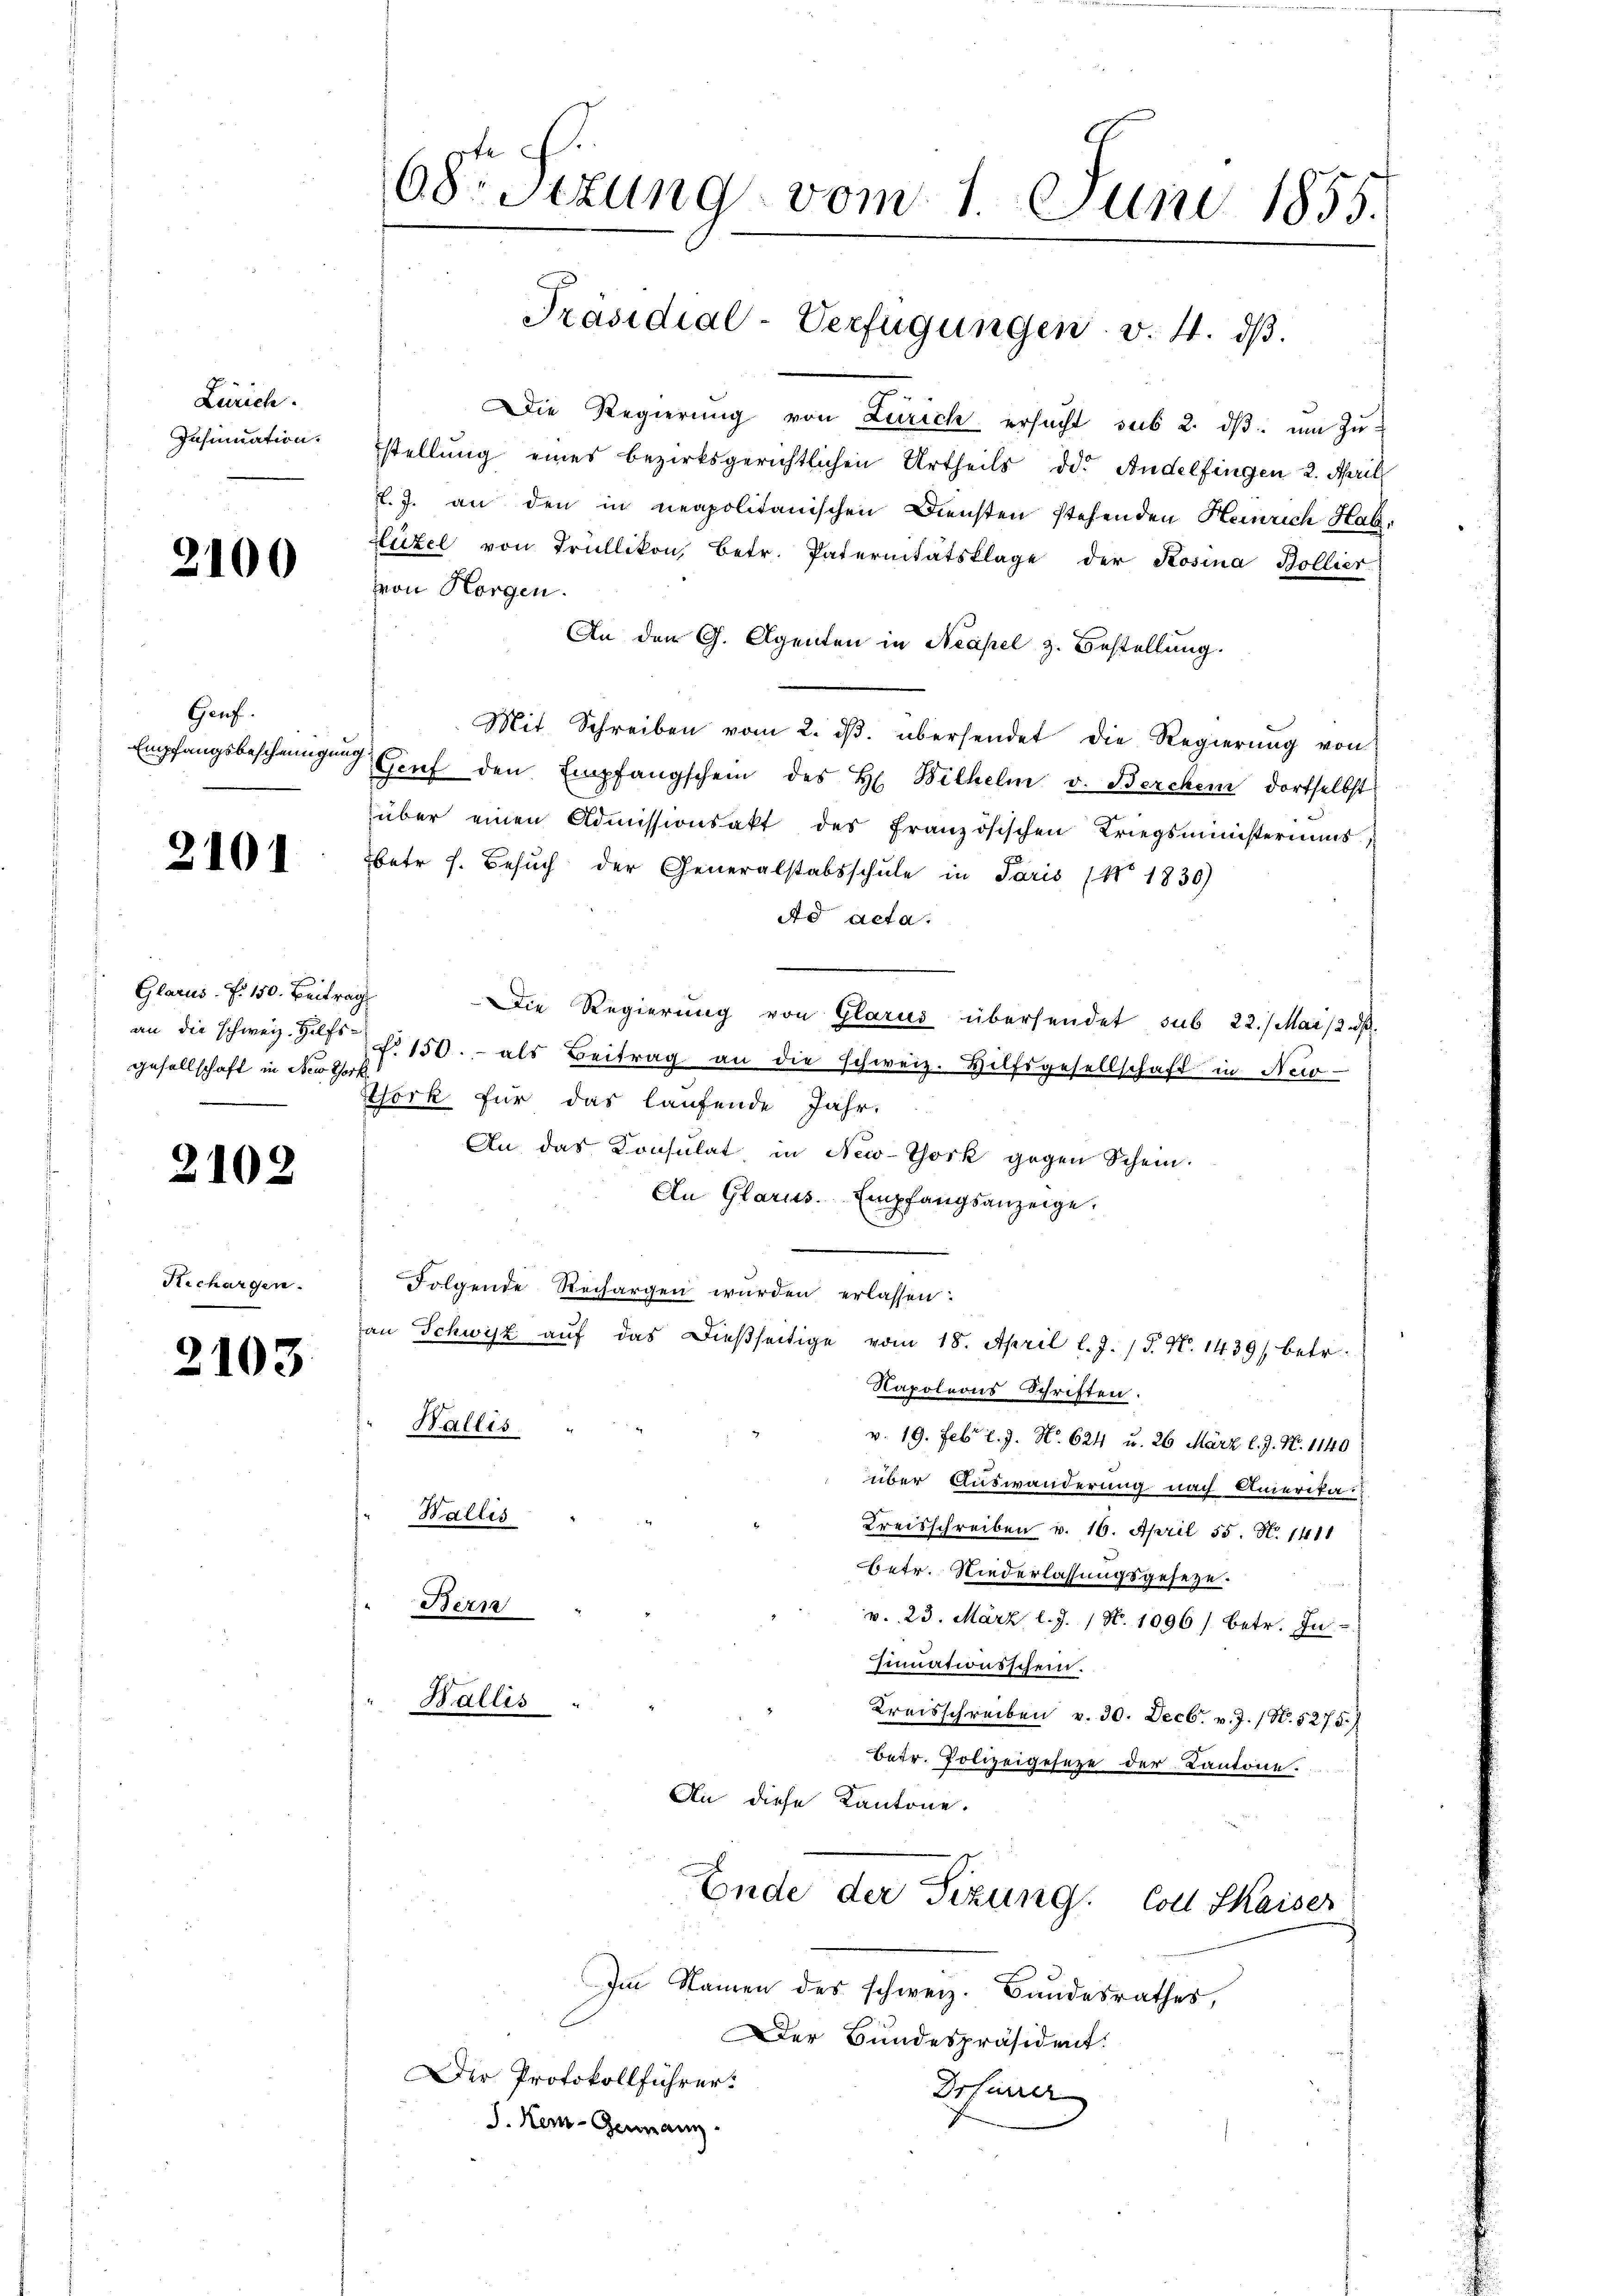
Zürich.
Insinuation.

2100

Genf.
Empfangsbescheinigung

2101

Glarus. f. 150. Beitrag
gesellschaft in New York

2102

Richargen.

2103

68 Sizung vom 1. Juni 1855.

Die Regierŭng von Zürich ersucht sub 2. dβ. um zustellung eines bezirksgerichtlichen Urtheils da. Andelfingen 2. April
f. J. an den in neapolitanischen Diensten stehenden Heinrich Hab-
Lüzel von Trüllikon, betr. Paternitätsklage der Rosina Bollier
von Horgen.
An den G. Agenten in Neapel z. Bestellung.
Mit Schreiben vom 2. dβ. übersendet die Regierŭng von
Genf den Empfangschein des H. Bilhelm v. Berchen dortselbst
über einen Admissionsakt des französischen Kriegsministeriums,
etr s. Besuch der Generalstabsschule in Paris (N° 1830)
Ad acta.
Die Regierung von Glarus übersendet sub 22. Mai 12. dβ.
die schweiz. Jahr 150.- als Beitrag an die schweiz. Hilfsgesellschaft in New-
Hork für das laufende Jahr-
An das Konsulat in New-York gegen Schein.
An Glarus. Empfangsanzeige.
Folgende Rechargen wurden erlassen:
an Schwyz aŭf das dießseitige vom 18. April l. J. P. N. 1439 betr.
Napoleons Schriften.
Wallis
v. 19. Febr. l. J. No. 624 u. 26 März l. J. N. 1140
über Auswanderung nach Amerika-
Wallis
Kreisschreiben v. 16. April 55. N. 1411
Betr. Niederlassungsgeseze.
Bern
v. 23. März l. J. 1 No. 1096) betr. In
Zimationsschein.
Wallis
Kreisschreiben v. 30. Decbr. v. J. (N. 5275)
Betr. Polizeigeseze der Kantone.
An diese Kantone.
Ende der Sitzung. Coll Skaiser
Im Namen des schweiz. Bundesrathes,
Der Bundespräsident.
Der Protokollführer:
Druner
J. Kei-Genmann.

Präsidial-Verfügungen v. 4. dβ.